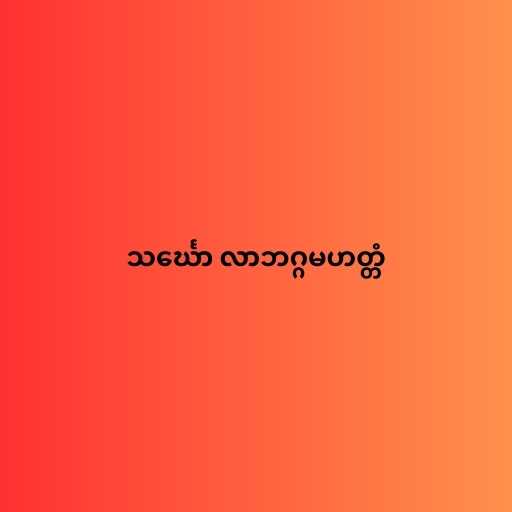
သင်္ဃော လာဘဂ္ဂမဟတ္တံ